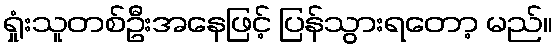
ရှုံးသူတစ်ဦးအနေဖြင့် ပြန်သွားရတော့ မည်။